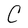
Character: C